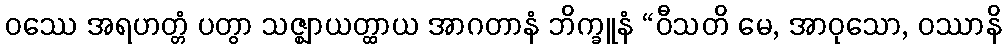
ဝဿေ အရဟတ္တံ ပတွာ သဇ္ဈာယတ္ထာယ အာဂတာနံ ဘိက္ခူနံ “ဝီသတိ မေ, အာဝုသော, ဝဿာနိ